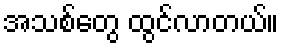
အသစ်တွေ ထွင်လာတယ်။